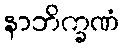
နာဘိက္ခဏံ